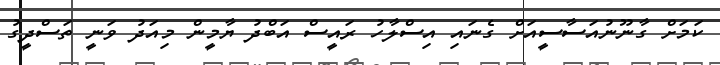
ކަމަށް ގާނޫނުއަސާސީއަށް ގެނައި އިސްލާހު ރައީސް އަބްދު ޔާމީން މިއަދު ވަނީ ތަސްދީގު